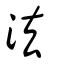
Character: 灋